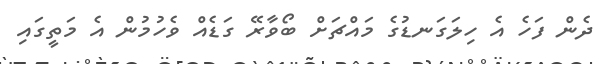
ދެން ފަހެ އެ ހިލަގަނޑުގެ މައްޗަށް ބޯވާރޭ ގަޑެއް ވެހުމުން އެ މަތީގައި